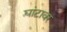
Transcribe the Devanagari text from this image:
घांटावर